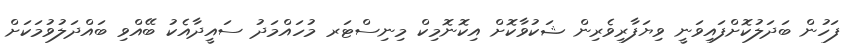
ފަހުން ބަދަލުކޮށްފައިވަނީ ވިޔަފާރިވެރިން ޝަކުވާކޮށް އިކޮނޮމިކް މިނިސްޓަރ މުހައްމަދު ސައީދާއެކު ބޭއްވި ބައްދަލުވުމަކަށް